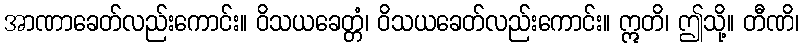
အာဏာခေတ်လည်းကောင်း။ ဝိသယခေတ္တံ၊ ဝိသယခေတ်လည်းကောင်း။ ဣတိ၊ ဤသို့။ တီဏိ၊